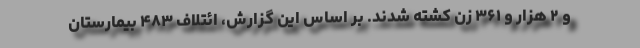
و ۲ هزار و ۳۶۱ زن کشته شدند. بر اساس این گزارش، ائتلاف ۴۸۳ بیمارستان